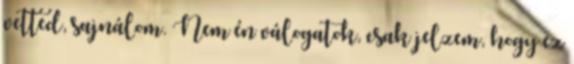
vetted, sajnálom. Nem én válogatok, csak jelzem, hogy ez